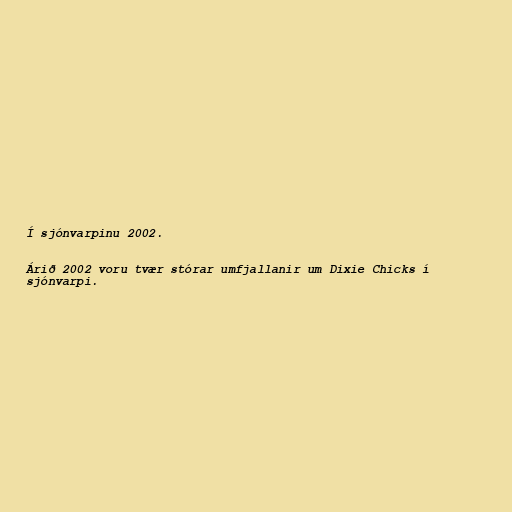
Í sjónvarpinu 2002.

Árið 2002 voru tvær stórar umfjallanir um Dixie Chicks í
sjónvarpi.